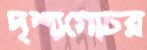
দৃশ্যগোচর